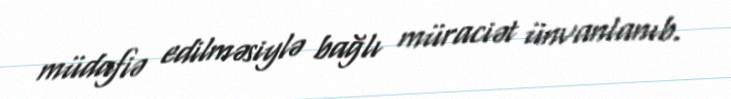
müdafiə edilməsiylə bağlı müraciət ünvanlanıb.